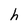
Character: h